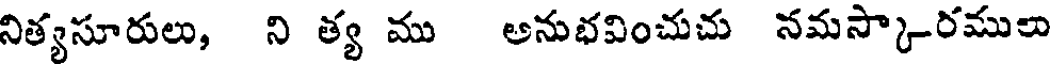
నిత్యసూరులు, ని త్య ము అనుభవించుచు నమస్కారములు